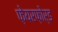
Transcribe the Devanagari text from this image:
फ़ेयरफ़ोर्ड